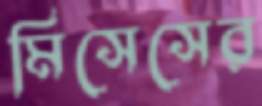
মিসেসের